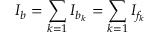
I _ { b } = \sum _ { k = 1 } I _ { b _ { k } } = \sum _ { k = 1 } I _ { f _ { k } }